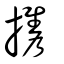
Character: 攜